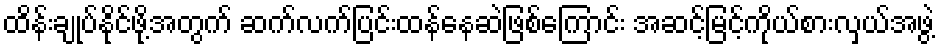
ထိန်းချုပ်နိုင်ဖို့အတွက် ဆက်လက်ပြင်းထန်နေဆဲဖြစ်ကြောင်း အဆင့်မြင့်ကိုယ်စားလှယ်အဖွဲ့